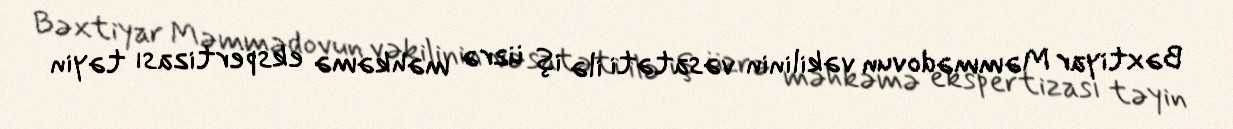
Bəxtiyar Məmmədovun vəkilinin vəsatəti ilə iş üzrə məhkəmə ekspertizası təyin